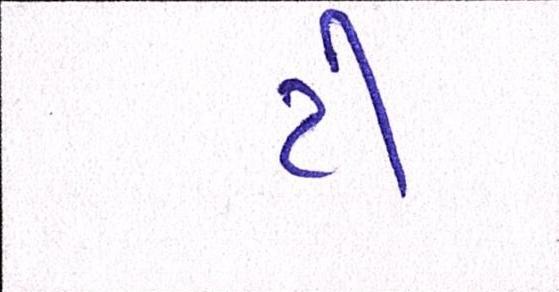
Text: ટી